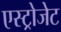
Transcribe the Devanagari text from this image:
एस्‍ट्रोजेट